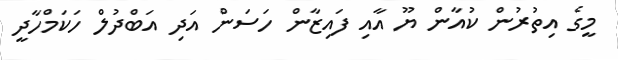
މީގެ އިތުރުން ކުއާން ޔޫ އާއި ފައިޒާން ހަސަން އަދި އަބްދުލް ހަކަމްހާދީ